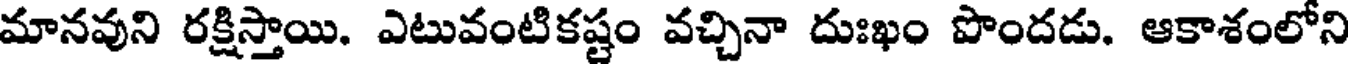
మానవుని రక్షిస్తాయి. ఎటువంటికష్టం వచ్చినా దుఃఖం పొందడు. ఆకాశంలోని